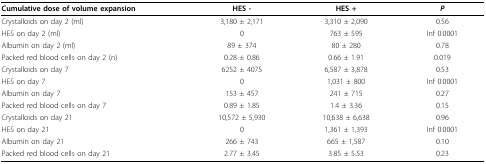
<table><thead><tr><td><b>Cumulative dose of volume expansion</b></td><td><b>HES -</b></td><td><b>HES +</b></td><td><b><i>P</i></b></td></tr></thead><tbody><tr><td>Crystalloids on day 2 (ml)</td><td>3,180 ± 2,171</td><td>3,310 ± 2,090</td><td>0.56</td></tr><tr><td>HES on day 2 (ml)</td><td>0</td><td>763 ± 595</td><td>Inf 0.0001</td></tr><tr><td>Albumin on day 2 (ml)</td><td>89 ± 374</td><td>80 ± 280</td><td>0.78</td></tr><tr><td>Packed red blood cells on day 2 (n)</td><td>0.28 ± 0.86</td><td>0.66 ± 1.91</td><td>0.019</td></tr><tr><td>Crystalloids on day 7</td><td>6252 ± 4075</td><td>6,587 ± 3,878</td><td>0.53</td></tr><tr><td>HES on day 7</td><td>0</td><td>1,031 ± 800</td><td>Inf 0.0001</td></tr><tr><td>Albumin on day 7</td><td>153 ± 457</td><td>241 ± 715</td><td>0.27</td></tr><tr><td>Packed red blood cells on day 7</td><td>0.89 ± 1.85</td><td>1.4 ± 3.36</td><td>0.15</td></tr><tr><td>Crystalloids on day 21</td><td>10,572 ± 5,930</td><td>10,638 ± 6,638</td><td>0.96</td></tr><tr><td>HES on day 21</td><td>0</td><td>1,361 ± 1,393</td><td>Inf 0.0001</td></tr><tr><td>Albumin on day 21</td><td>266 ± 743</td><td>665 ± 1,587</td><td>0.10</td></tr><tr><td>Packed red blood cells on day 21</td><td>2.77 ± 3.45</td><td>3.85 ± 5.53</td><td>0.23</td></tr></tbody></table>